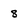
Character: 8